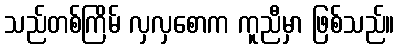
သည်တစ်ကြိမ် လှလှစောက ကူညီမှာ ဖြစ်သည်။